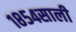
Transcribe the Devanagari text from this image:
१८५४साली